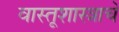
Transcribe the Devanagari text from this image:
वास्तूशास्त्राचे